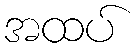
အထပ်